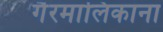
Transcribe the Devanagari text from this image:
गैरमालिकाना